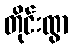
တိုင်းထွာ